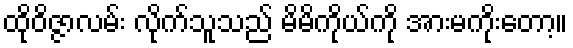
ထိုဝိဇ္ဇာလမ်း လိုက်သူသည် မိမိကိုယ်ကို အားမကိုးတော့။